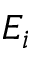
E _ { i }